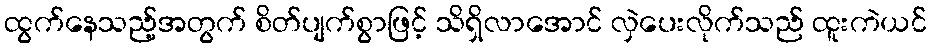
ထွက်နေသည့်အတွက် စိတ်ပျက်စွာဖြင့် သိရှိလာအောင် လှဲပေးလိုက်သည် ထူးကဲယင်